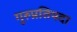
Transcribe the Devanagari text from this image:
गुरुप्रतिपदा